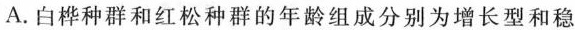
A.白桦种群和红松种群的年龄组成分别为增长型和稳